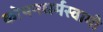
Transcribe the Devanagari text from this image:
कोथनधर्मस्वामी